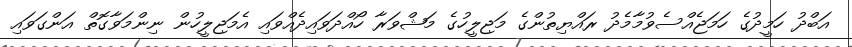
އަބްދު ހަމީދުގެ ހަމަޖެއްސެވުމާމެދު ރައްޔިތުންގެ މަޖިލީހުގެ މަޝްވަރާ ހޯއްދަވައިދެއްވައި އެމަޖިލީހުން ނިންމަވާގޮތް އަންގަވައި